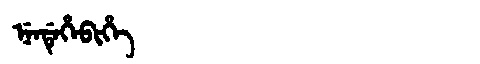
Manchu: ᠨᡝᠨᡩᡝᡥᡝᠪᡳᡥᡝ
Romanization: NENDEHEBIHE